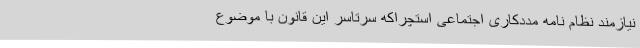
نیازمند نظام نامه مددکاری اجتماعی استچراکه سرتاسر این قانون با موضوع